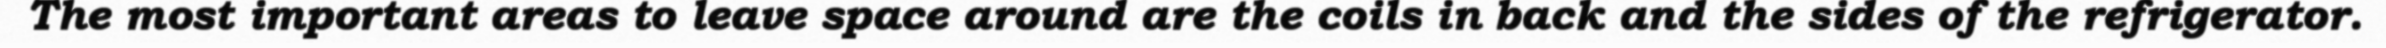
The most important areas to leave space around are the coils in back and the sides of the refrigerator.